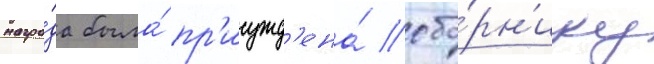
награ́да была́ пр'исужд'ена́ сбо́рн'ику